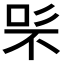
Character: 𭇨